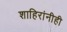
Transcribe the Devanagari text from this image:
शाहिरांनीही